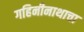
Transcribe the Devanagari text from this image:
गहिनीनाथाचा